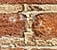
خيانته